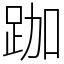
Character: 跏